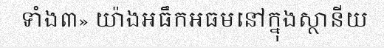
ទាំង៣» យ៉ាងអធឹកអធមនៅក្នុងស្ថានីយ